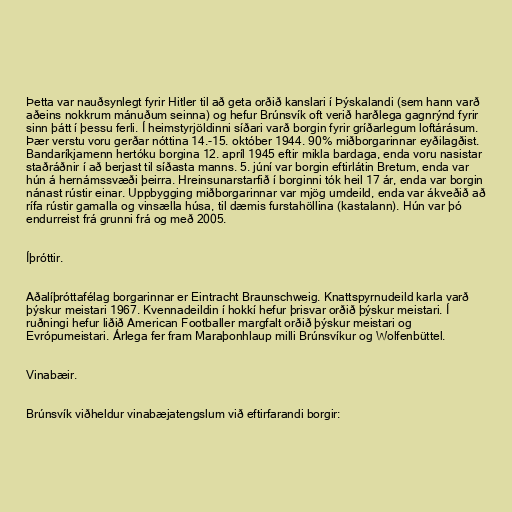
Þetta var nauðsynlegt fyrir Hitler til að geta orðið kanslari í Þýskalandi (sem hann varð
aðeins nokkrum mánuðum seinna) og hefur Brúnsvík oft verið harðlega gagnrýnd fyrir
sinn þátt í þessu ferli. Í heimstyrjöldinni síðari varð borgin fyrir gríðarlegum loftárásum.
Þær verstu voru gerðar nóttina 14.-15. október 1944. 90% miðborgarinnar eyðilagðist.
Bandaríkjamenn hertóku borgina 12. apríl 1945 eftir mikla bardaga, enda voru nasistar
staðráðnir í að berjast til síðasta manns. 5. júní var borgin eftirlátin Bretum, enda var
hún á hernámssvæði þeirra. Hreinsunarstarfið í borginni tók heil 17 ár, enda var borgin
nánast rústir einar. Uppbygging miðborgarinnar var mjög umdeild, enda var ákveðið að
rífa rústir gamalla og vinsælla húsa, til dæmis furstahöllina (kastalann). Hún var þó
endurreist frá grunni frá og með 2005.

Íþróttir.

Aðalíþróttafélag borgarinnar er Eintracht Braunschweig. Knattspyrnudeild karla varð
þýskur meistari 1967. Kvennadeildin í hokkí hefur þrisvar orðið þýskur meistari. Í
ruðningi hefur liðið American Footballer margfalt orðið þýskur meistari og
Evrópumeistari. Árlega fer fram Maraþonhlaup milli Brúnsvíkur og Wolfenbüttel.

Vinabæir.

Brúnsvík viðheldur vinabæjatengslum við eftirfarandi borgir: